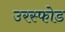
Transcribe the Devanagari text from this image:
उरस्फोड